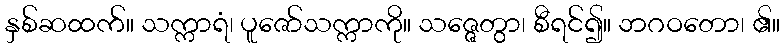
နှစ်ဆထက်။ သက္ကာရံ၊ ပူဇော်သက္ကာကို။ သဇ္ဇေတွာ၊ စီရင်၍။ ဘဂဝတော၊ ၏။